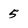
Character: 5